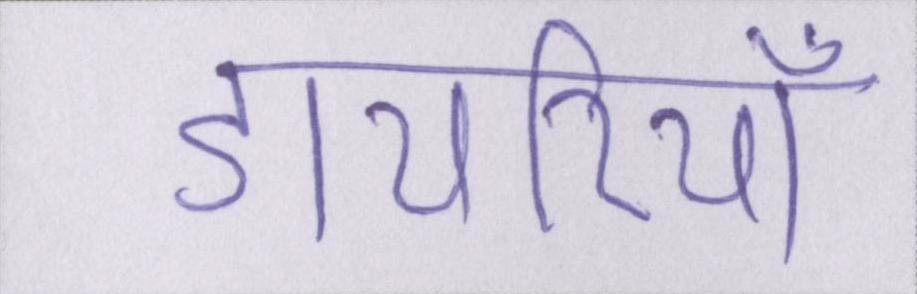
डायरियाँ